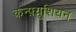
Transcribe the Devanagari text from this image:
कन्फ़्यूशियन